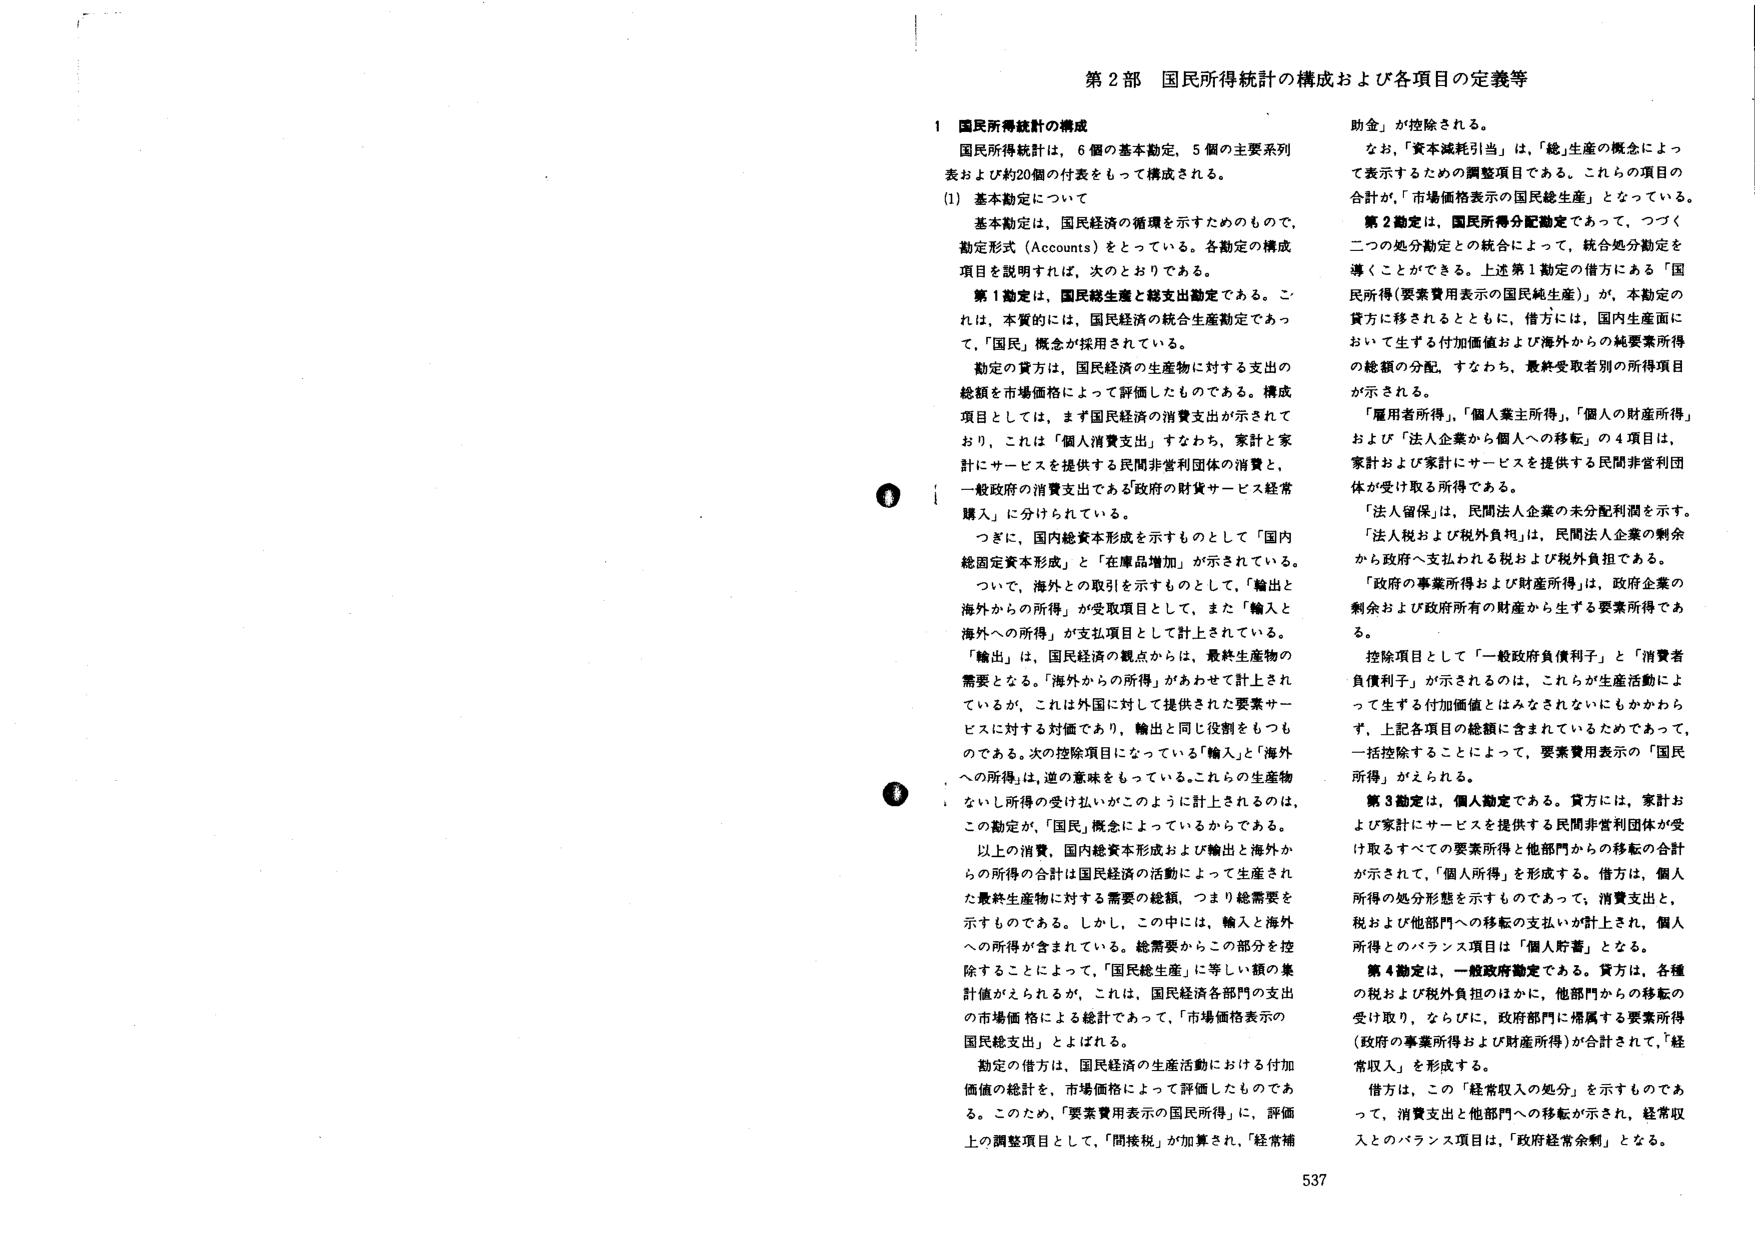
第2部 国民所得統計の構成および各項目の定義等

1 国民所得統計の構成
国民所得統計は、6個の基本勘定、5個の主要系列表および約20個の付表をもって構成される。

(1) 基本勘定について
基本勘定は、国民経済の循環を示すためのもので、勘定形式（Accounts）をとっている。各勘定の構成項目を説明すれば、次のとおりである。

第1勘定は、国民総生産と総支出勘定である。これは、本質的には、国民経済の統合生産勘定であって、「国民」概念が採用されている。

勘定の貸方は、国民経済の生産物に対する支出の総額を市場価格によって評価したものである。構成項目としては、まず国民経済の消費支出が示されており、これは「個人消費支出」すなわち、家計と家計にサービスを提供する民間非営利団体の消費と、一般政府の消費支出である「政府の財貨サービス経常購入」に分けられている。

つぎに、国内総資本形成を示すものとして「国内総固定資本形成」と「在庫品増加」が示されている。

ついて、海外との取引を示すものとして、「輸出と海外からの所得」が受取項目として、また「輸入と海外への所得」が支払項目として計上されている。

「輸出」は、国民経済の観点からは、最終生産物の需要となる。「海外からの所得」があわせて計上されているが、これは外国に対して提供された要素サービスに対する対価であり、輸出と同じ役割をもつものである。次の控除項目になっている「輸入」と「海外への所得」は、逆の意味をもっている。これらの生産物ないし所得の受け払いがこのように計上されるのは、この勘定が、「国民」概念によっていているからである。

以上の消費、国内総資本形成および輸出と海外からの所得の合計は国民経済の活動によって生産された最終生産物に対する需要の総額、つまり総需要を示すものである。しかし、この中には、輸入と海外への所得が含まれている。総需要からこの部分を控除することによって、「国民総生産」に等しい額の集計値がえられるが、これは、国民経済各部門の支出の市場価格による総計であって、「市場価格表示の国民総支出」とよばれる。

勘定の借方は、国民経済の生産活動における付加価値の総計を、市場価格によって評価したものである。このため、「要素費用表示の国民所得」に、評価上の調整項目として、「間接税」が加算され、「経常補助金」が控除される。

なお、「資本減耗引当」は、「総」生産の概念によって表示するための調整項目である。これらの項目の合計が、「市場価格表示の国民総生産」となっている。

第2勘定は、国民所得分配勘定であって、つづく二つの処分勘定との統合によって、統合処分勘定を導くことができる。上述第1勘定の借方にある「国民所得（要素費用表示の国民純生産）」が、本勘定の貸方に移されるとともに、借方には、国内生産面において生ずる付加価値および海外からの純要素所得の総額の分配、すなわち、最終受取者別の所得項目が示される。

「雇用者所得」、「個人事業主所得」、「個人の財産所得」および「法人企業から個人への移転」の4項目は、家計および家計にサービスを提供する民間非営利団体が受け取る所得である。

「法人留保」は、民間法人企業の未分配利潤を示す。

「法人税および税外負担」は、民間法人企業の剰余から政府へ支払われる税および税外負担である。

「政府の事業所得および財産所得」は、政府企業の剰余および政府所有の財産から生ずる要素所得である。

控除項目として「一般政府負債利子」と「消費者負債利子」が示されるのは、これらが生産活動によって生ずる付加価値とはみなされていないにもかかわらず、上記各項目の総額に含まれているためであって、一括控除することによって、要素費用表示の「国民所得」がえられる。

第3勘定は、個人勘定である。貸方には、家計および家計にサービスを提供する民間非営利団体が受け取るすべての要素所得と他部門からの移転の合計が示されて、「個人所得」を形成する。借方は、個人所得の処分形態を示すものであって、消費支出、税および他部門への移転の支払いが計上され、個人所得とのバランス項目は「個人貯蓄」となる。

第4勘定は、一般政府勘定である。貸方は、各種の税および税外負担のほかに、他部門からの移転の受け取り、ならびに、政府部門に帰属する要素所得（政府の事業所得および財産所得）が合計されて、「経常収入」を形成する。

借方は、この「経常収入の処分」を示すものであって、消費支出と他部門への移転が示され、経常収入とのバランス項目は、「政府経常余剰」となる。

537